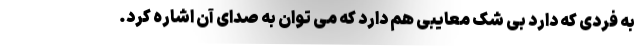
به فردی که دارد بی شک معایبی هم دارد که می توان به صدای آن اشاره کرد.